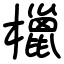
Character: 㯿